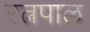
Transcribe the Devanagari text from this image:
रत्नपाल